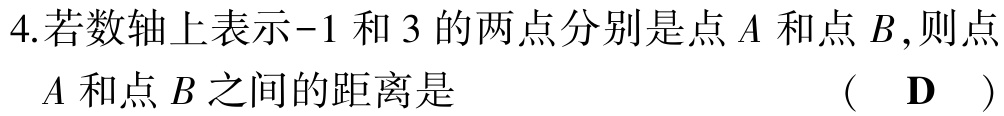
4.若数轴上表示-1 和 3 的两点分别是点\(A\)和点\(B\),则点
\(A\)和点\(B\)之间的距离是 （ \(\mathbf{D}\) ）